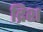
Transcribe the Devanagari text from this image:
द्रिश